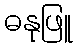
ဓနုဖြူ